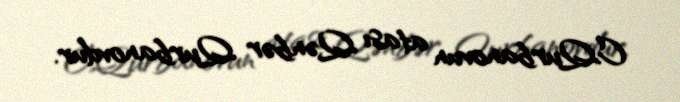
C.Qurbanovun atası Qənbər Qurbanovdur.